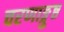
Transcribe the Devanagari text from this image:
चरणाङ्गुष्ठ